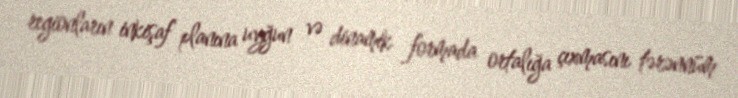
regionların inkişaf planına uyğun və dinamik formada ortalığa çıxmasını tərənnüm